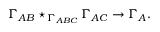
\Gamma _ { A B } \star _ { \, \Gamma _ { A B C } } \Gamma _ { A C } \rightarrow \Gamma _ { A } .